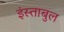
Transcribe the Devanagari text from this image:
इंस्ताबुल